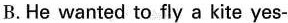
B.He wanted to fly a kite yes-